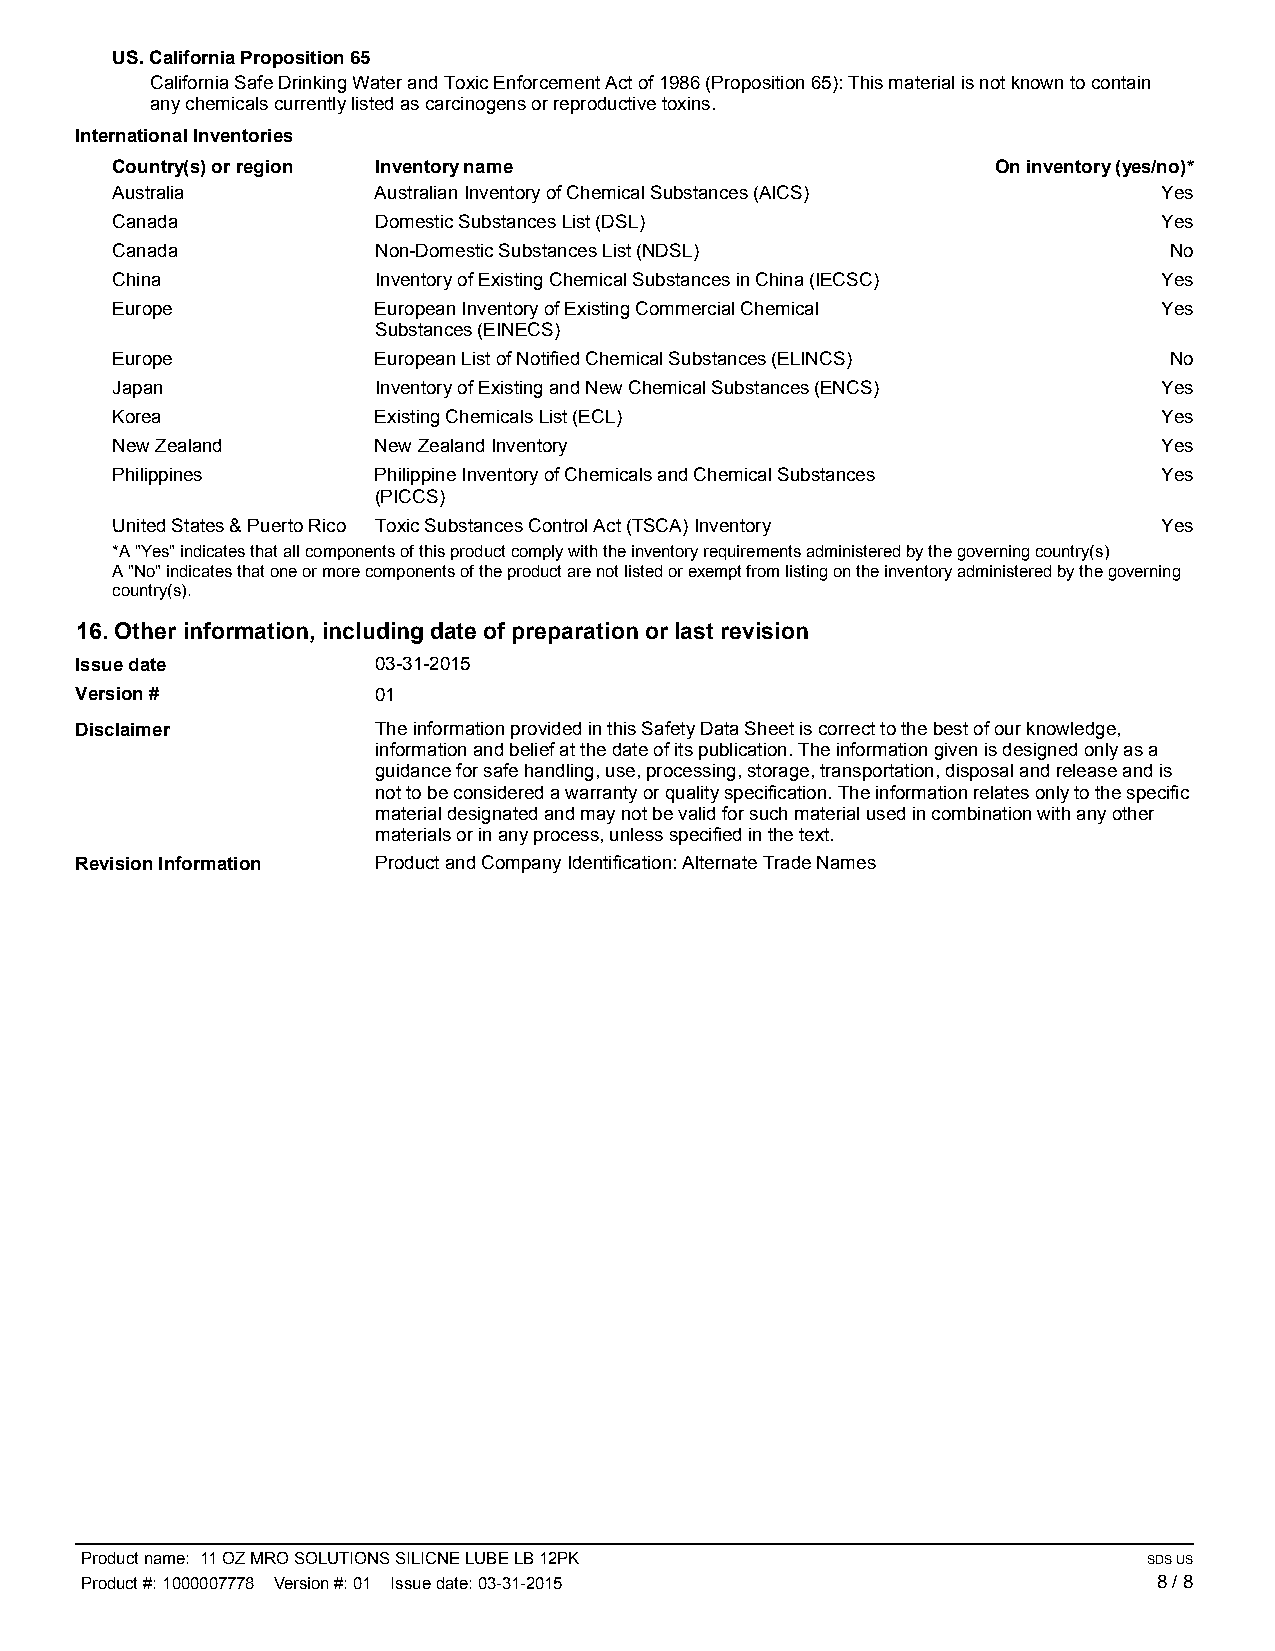
US. California Proposition 65
 California Safe Drinking Water and Toxic Enforcement Act of 1986 (Proposition 65): This material is not known to contain
 any chemicals currently listed as carcinogens or reproductive toxins.
 International Inventories
 Country(s) or region Inventory name                        On inventory (yes/no)*
 Australia         Australian Inventory of Chemical Substances (AICS)  Yes
 Canada            Domestic Substances List (DSL)                      Yes
 Canada            Non-Domestic Substances List (NDSL)                 No
 China             Inventory of Existing Chemical Substances in China (IECSC) Yes
 Europe            European Inventory of Existing Commercial Chemical  Yes
 Substances (EINECS)
 Europe            European List of Notified Chemical Substances (ELINCS) No
 Japan             Inventory of Existing and New Chemical Substances (ENCS) Yes
 Korea             Existing Chemicals List (ECL)                       Yes
 New Zealand       New Zealand Inventory                               Yes
 Philippines       Philippine Inventory of Chemicals and Chemical Substances Yes
 (PICCS)
 United States & Puerto Rico Toxic Substances Control Act (TSCA) Inventory Yes
 *A "Yes" indicates that all components of this product comply with the inventory requirements administered by the governing country(s)
 A "No" indicates that one or more components of the product are not listed or exempt from listing on the inventory administered by the governing
 country(s).
 16. Other information, including date of preparation or last revision
 Issue date          03-31-2015
 Version #           01
 Disclaimer          The information provided in this Safety Data Sheet is correct to the best of our knowledge,
 information and belief at the date of its publication. The information given is designed only as a
 guidance for safe handling, use, processing, storage, transportation, disposal and release and is
 not to be considered a warranty or quality specification. The information relates only to the specific
 material designated and may not be valid for such material used in combination with any other
 materials or in any process, unless specified in the text.
 Revision Information Product and Company Identification: Alternate Trade Names
 Product name: 11 OZ MRO SOLUTIONS SILICNE LUBE LB 12PK                 SDS US
 Product #: 1000007778 Version #: 01 Issue date: 03-31-2015              8 / 8